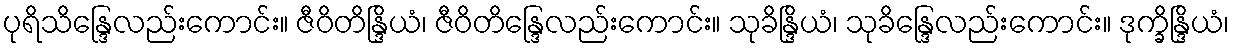
ပုရိသိန္ဒြေလည်းကောင်း။ ဇီဝိတိန္ဒြိယံ၊ ဇီဝိတိန္ဒြေလည်းကောင်း။ သုခိန္ဒြိယံ၊ သုခိန္ဒြေလည်းကောင်း။ ဒုက္ခိန္ဒြိယံ၊